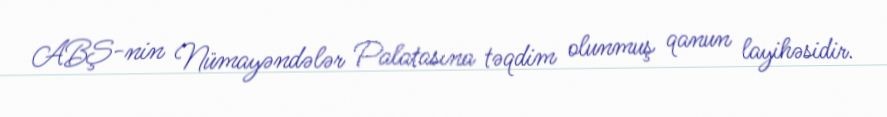
ABŞ-nin Nümayəndələr Palatasına təqdim olunmuş qanun layihəsidir.